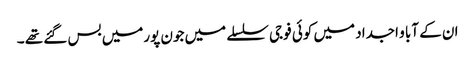
ان کے آبا و اجداد میں کوئی فوجی سلسلے میں جون پورمیں بس گئے تھے ۔